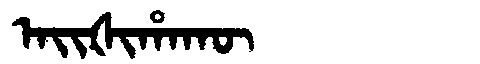
Manchu: ᠠᡳᡧᡳᡥᠠᡴᡡ
Romanization: AIŠIHAKŪ